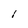
Character: I